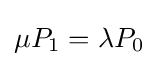
\mu P_{1}=\lambda P_{0}